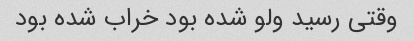
وقتی رسید ولو شده بود خراب شده بود